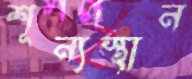
শূন্যস্থান